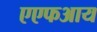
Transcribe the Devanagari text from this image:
एएफआय